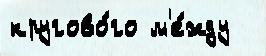
кругово́го м'е́жду